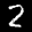
Label: 2